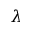
\lambda